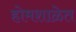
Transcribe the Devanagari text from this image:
होमशाळेत